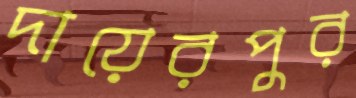
দায়েরপুর